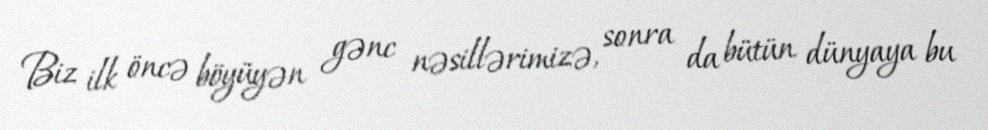
Biz ilk öncə böyüyən gənc nəsillərimizə, sonra da bütün dünyaya bu